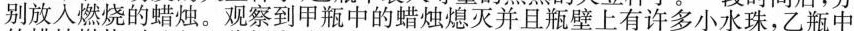
别放入燃烧的蜡烛。观察到甲瓶中的蜡烛熄灭并且瓶壁上有许多小水珠，乙瓶中